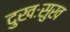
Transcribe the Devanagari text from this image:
दुखःसुख